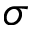
\sigma